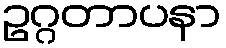
ဥဂ္ဂတာပနာ